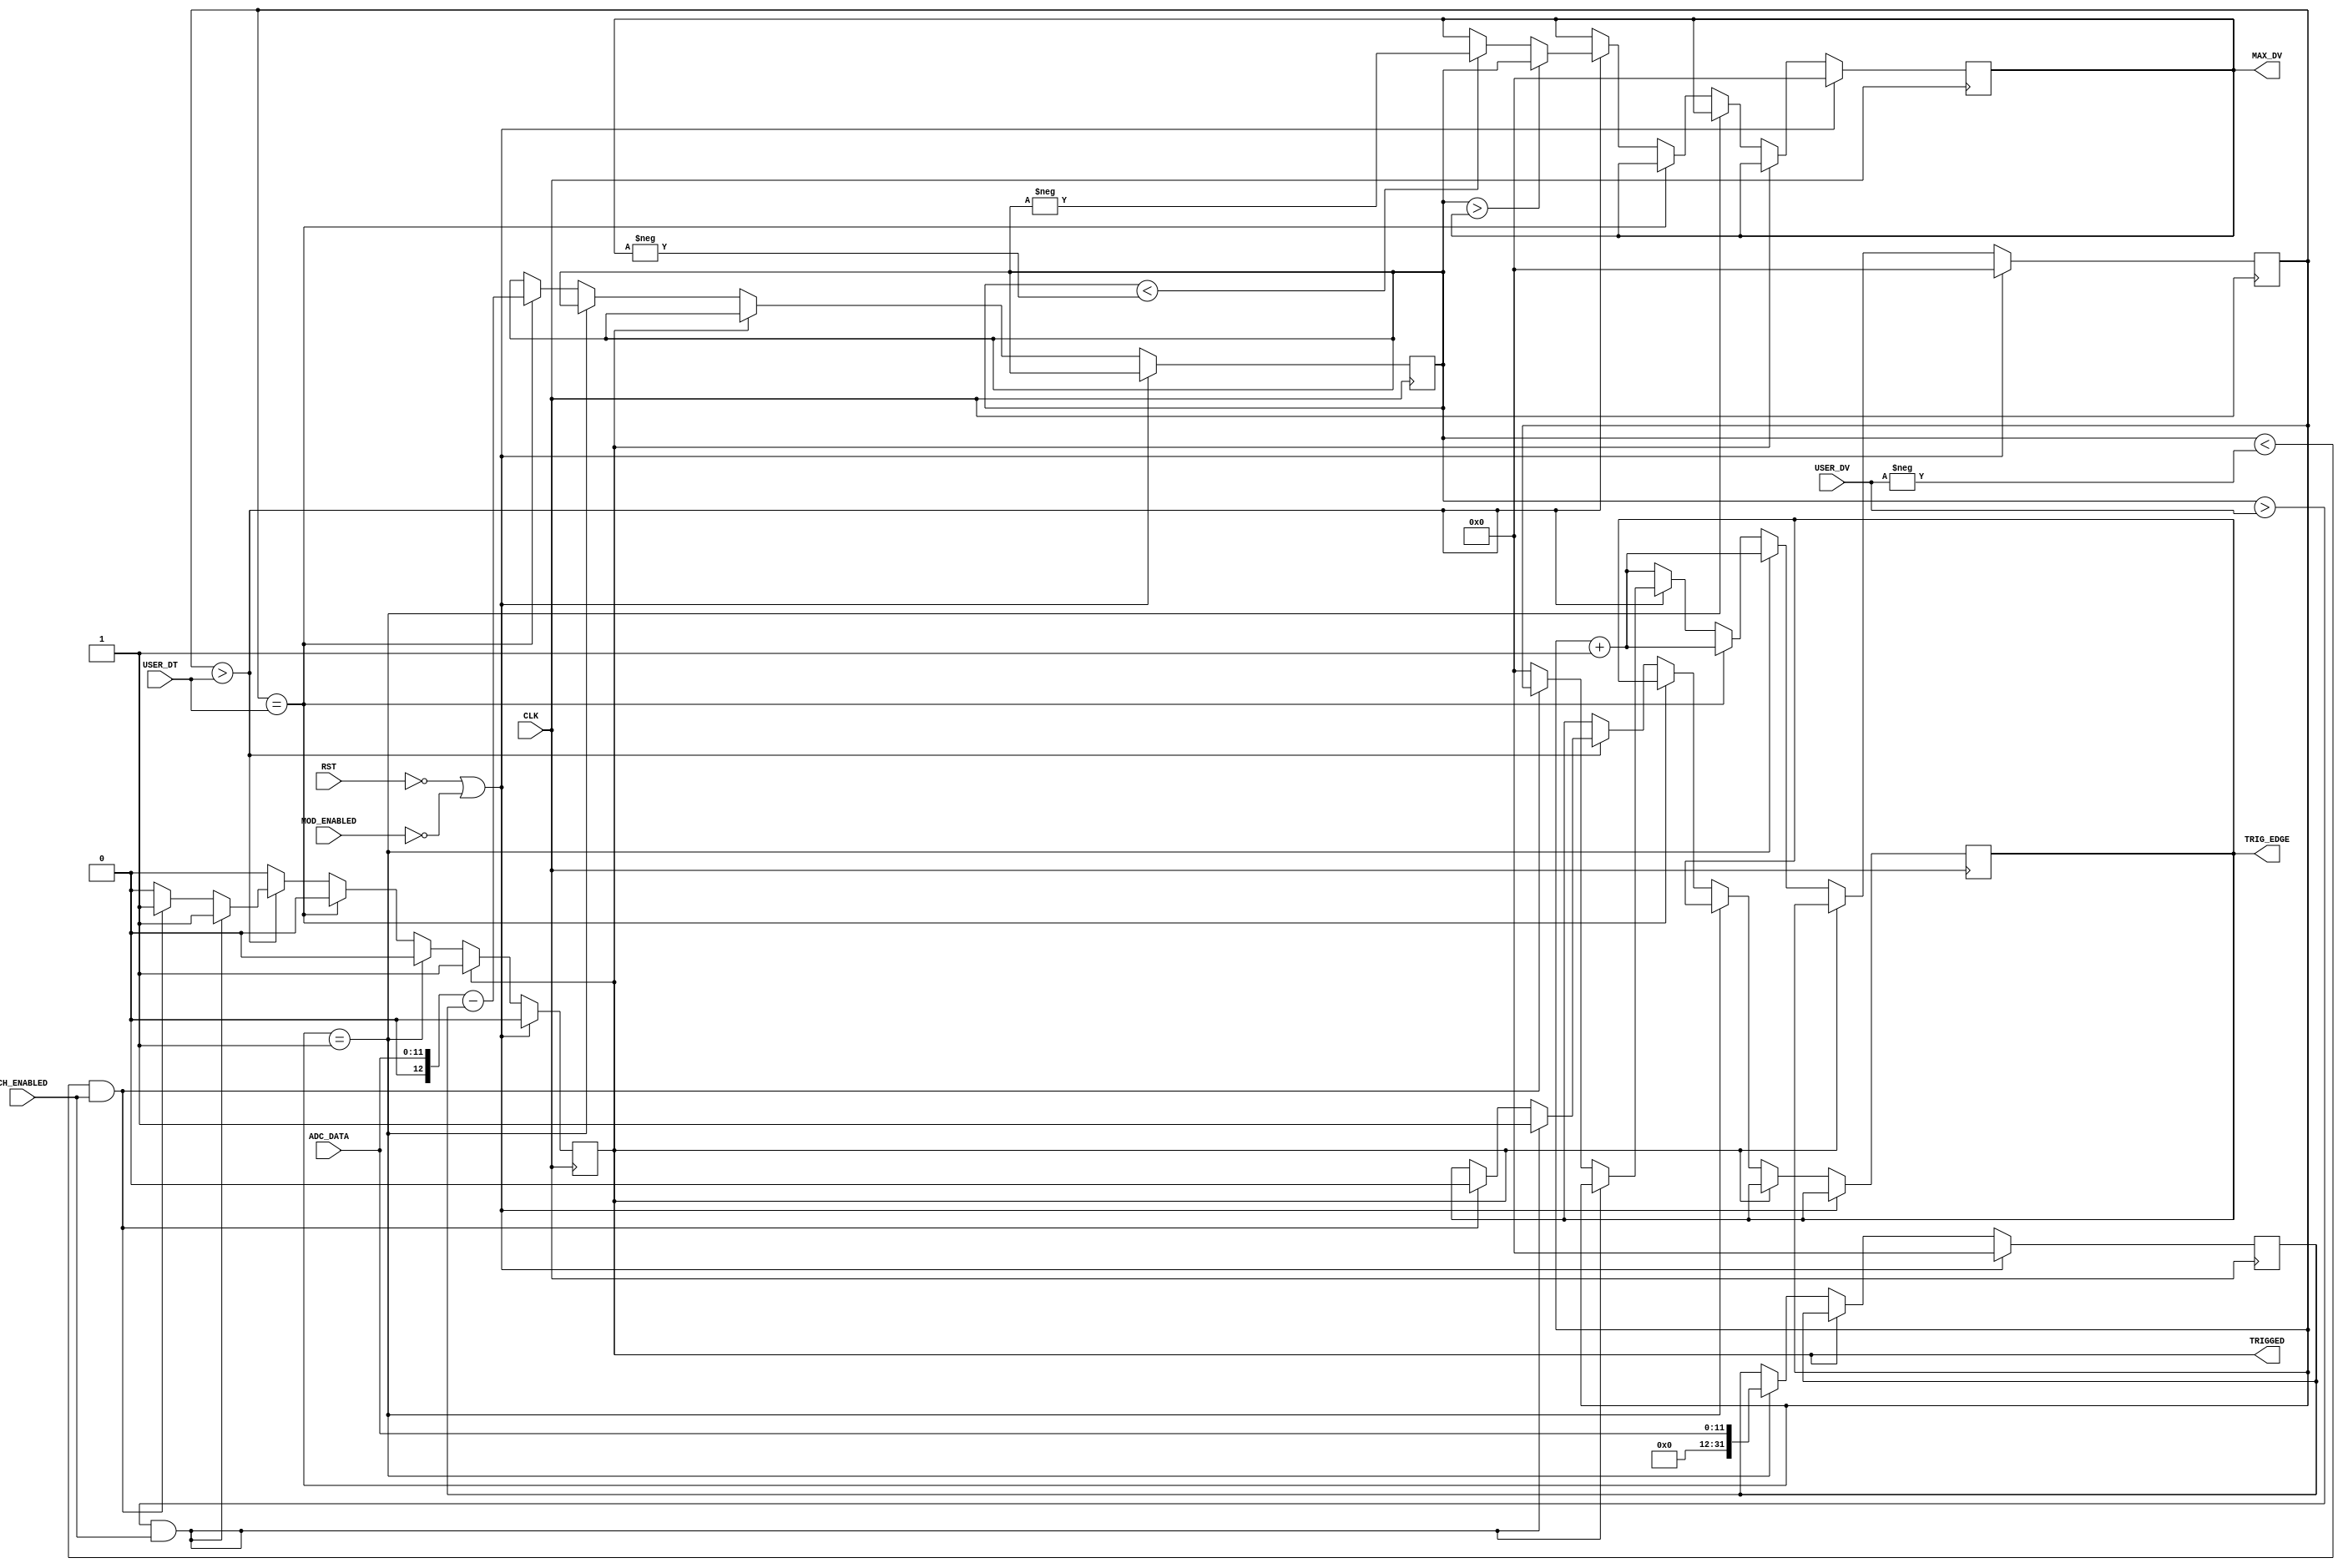
`timescale 1ns / 1ps
//////////////////////////////////////////////////////////////////////////////////
// Company: 
// Engineer: 
// 
// Design Name: 
// Module Name: derivada
// Project Name: 
// Target Devices: 
// Tool Versions: 
// Description: 
// 
// Dependencies: 
// 
// Revision:
// Revision 0.01 - File Created
// Additional Comments:
// 
//////////////////////////////////////////////////////////////////////////////////


module derivada
    (
    input MOD_ENABLED,
    input CH_ENABLED,
    input [11:0] ADC_DATA,
    input CLK,
    input RST,
    input signed [31:0] USER_DV,
    input [31:0] USER_DT,
    output reg signed [31:0] MAX_DV,
    output reg TRIGGED,
    output reg TRIG_EDGE
    );

    reg [31:0] count;
    reg signed [31:0] adc_past;
    reg signed [31:0] adc_dv;

    wire signed [31:0] adc_input;
    assign adc_input = {20'b0, ADC_DATA};


     always @( posedge CLK ) begin
      if (!RST  || !MOD_ENABLED) begin
          count <= 0;     
          adc_past <= 0;
          TRIGGED <= 0; 
          MAX_DV <= 0;
      end 
      else if (!TRIGGED) begin
        
        if (count == 1) begin       
          adc_past <= adc_input;
          count <= count + 1;                                           
        end   
        else if (count == USER_DT) begin
            adc_dv <= adc_input - adc_past;
            count <= count + 1;            
        end       
        else if (count > USER_DT) begin
            
            if (adc_dv > MAX_DV) MAX_DV = adc_dv;         // Encontra a maior derivada, seja positiva ou negativa
            else if (adc_dv < -MAX_DV) MAX_DV = -adc_dv;

            if ((adc_dv > USER_DV) && (CH_ENABLED))  begin     // se o mdulo est ativado, verifica se o deltaV passou max DV                
              TRIGGED <= 1'b1;  // trigou
              TRIG_EDGE <= 1'b1;  // borda subida
            end  
            else if ((adc_dv < -USER_DV) && (CH_ENABLED == 1'b1))  begin                      
              TRIGGED <= 1'b1;  // trigou
              TRIG_EDGE <= 1'b0;  // borda descida
            end            
            else begin
              count <= 0;
            end    
 
        end                  
        else begin
          count <= count + 1;
        end 

                         
      end

    end    





    
    
    
    
    
endmodule